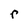
Character: r